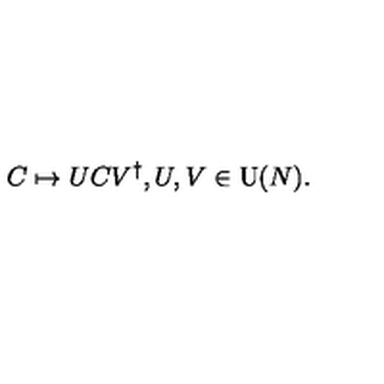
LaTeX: C \mapsto U C V ^ { \dagger } , U , V \in \mathrm { U } ( N ) .